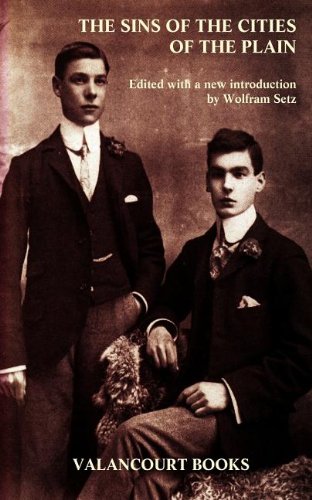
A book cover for The Sins of the Cities of the Plain (Valancourt Classics); Jack Saul; Romance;